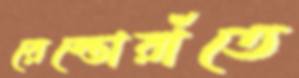
রেস্তোরাঁতে